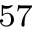
^ { 5 7 }